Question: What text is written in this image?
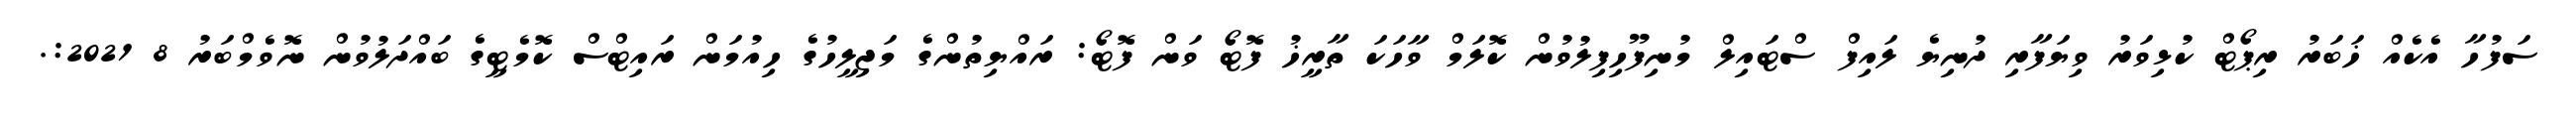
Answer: ސަފުހާ އެކެއް ޚަބަރު ރިޕޯޓް ކުޅިވަރު ވިޔަފާރި ދުނިޔެ ލައިފް ސްޓައިލް މުނިފޫހިފިލުވުން ކޮލަމް ވާހަކަ ތާރީޚު ފޮޓޯ ވަން ފޮޓޯ: ރައްޔިތުންގެ މަޖިލީހުގެ ހިއުމަން ރައިޓްސް ކޮމެޓީގެ ބައްދަލުވުން ނޮވެމްބަރު 8 2021:.